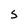
Character: S